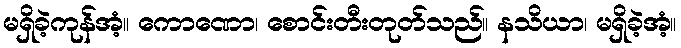
မရှိခဲ့ကုန်အံ့။ ကောဏော၊ စောင်းတီးတုတ်သည်။ နသိယာ၊ မရှိခဲ့အံ့။